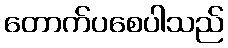
တောက်ပစေပါသည်